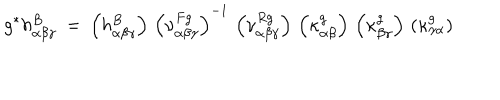
g ^ { * } h _ { \alpha \beta \gamma } ^ { B } \: = \: \left( h _ { \alpha \beta \gamma } ^ { B } \right) \, \left( \nu _ { \alpha \beta \gamma } ^ { F g } \right) ^ { - 1 } \, \left( \nu _ { \alpha \beta \gamma } ^ { R g } \right) \, \left( \kappa _ { \alpha \beta } ^ { g } \right) \, \left( \kappa _ { \beta \gamma } ^ { g } \right) \, \left( \kappa _ { \gamma \alpha } ^ { g } \right)